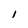
Character: l